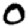
Digit: 0